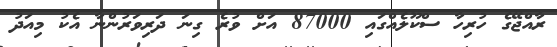
ރާއްޖޭގެ ހުރިހާ ސްކޫލެއްގައި 87000 އަށް ވުރެ ގިނަ ދަރިވަރުންނާ އެކު މިއަދު